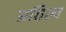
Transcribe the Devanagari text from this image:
प्रतित्य